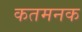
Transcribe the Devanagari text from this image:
कतमनक